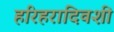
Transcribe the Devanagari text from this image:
हरिहरादिवशी